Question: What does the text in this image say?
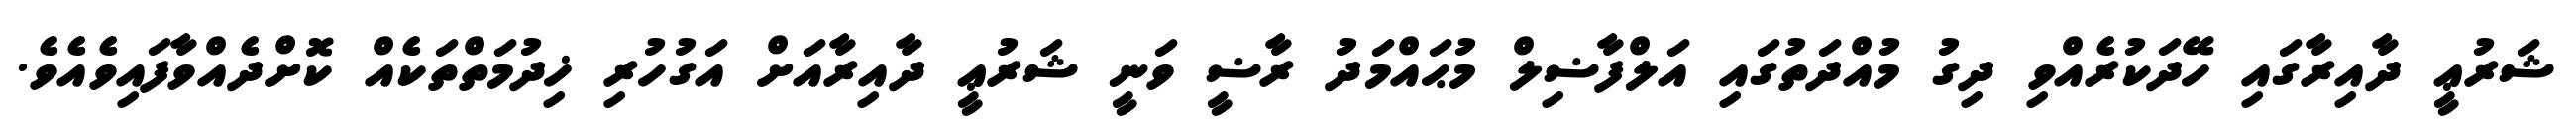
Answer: ޝަރުޢީ ދާއިރާގައި ހޭދަކުރެއްވި ދިގު މުއްދަތުގައި އަލްފާޟިލް މުޙައްމަދު ރާޟީ ވަނީ ޝަރުޢީ ދާއިރާއަށް އަގުހުރި ޚިދުމަތްތަކެއް ކޮށްދެއްވާފައިވެއެވެ.